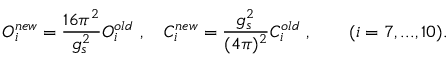
{ \cal O } _ { i } ^ { n e w } = \frac { 1 6 \pi ^ { 2 } } { g _ { s } ^ { 2 } } { { \cal O } } _ { i } ^ { o l d } ~ , \quad C _ { i } ^ { n e w } = \frac { g _ { s } ^ { 2 } } { ( 4 \pi ) ^ { 2 } } { C } _ { i } ^ { o l d } ~ , \quad \quad ( i = 7 , . . . , 1 0 ) .